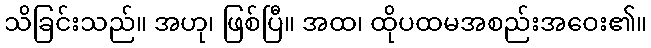
သိခြင်းသည်။ အဟု၊ ဖြစ်ပြီ။ အထ၊ ထိုပထမအစည်းအဝေး၏။